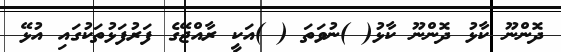
ދޮންނޫ ކާޅު ދޮންނޫ ކާޅު( )ނުވަތަ ( )އަކީ ރާއްޖޭގެ ފަރުފަޅުތަކުގައި އުޅޭ